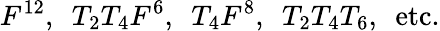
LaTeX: F^{12},\, \, \, T_{2}T_{4}F^{6},\, \, \, T_{4}F^{8},\, \, \, T_{2}T_{4}T_{6},\, \, \, \mathrm{etc.}